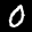
Label: 0